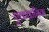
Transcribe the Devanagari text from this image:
एकक्रमिक